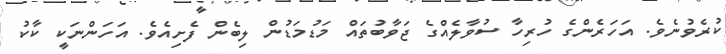
ކުރެވުނެވެ. އަހަރެންގެ ހުރިހާ ސުވާލެއްގެ ޖަވާބުތައް މަޑުމަޑުން ލިބެން ފެށިއެވެ. އަހަންނަކީ ކާކު